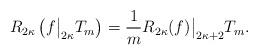
LaTeX: \begin{align*}R_{2\kappa}\left(f\big|_{2\kappa} T_m\right)= \frac1m R_{2\kappa}(f)\big|_{2\kappa+2}T_m.\end{align*}